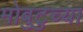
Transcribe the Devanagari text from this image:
मोबुटुच्या